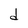
Character: d